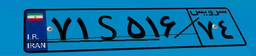
۲۱S۳۷۲۴۷